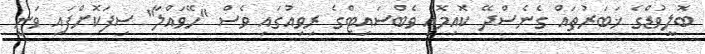
ބޮލީވުޑްގެ ޚަބަރުތައް ގެނެސްދޭ ކޮއިމޮއި ވެބްސައިޓްގެ ރިވިއުގައި ވެސް "ހޭވައްލާ" ސިފަކޮށްފައި ވަނީ